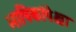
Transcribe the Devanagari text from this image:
भाषिकांपेक्षा